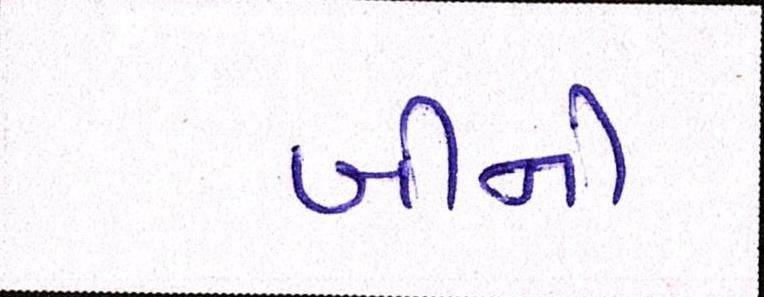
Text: બીની